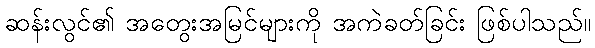
ဆန်းလွင်၏ အတွေးအမြင်များကို အကဲခတ်ခြင်း ဖြစ်ပါသည်။